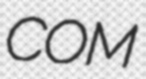
COM